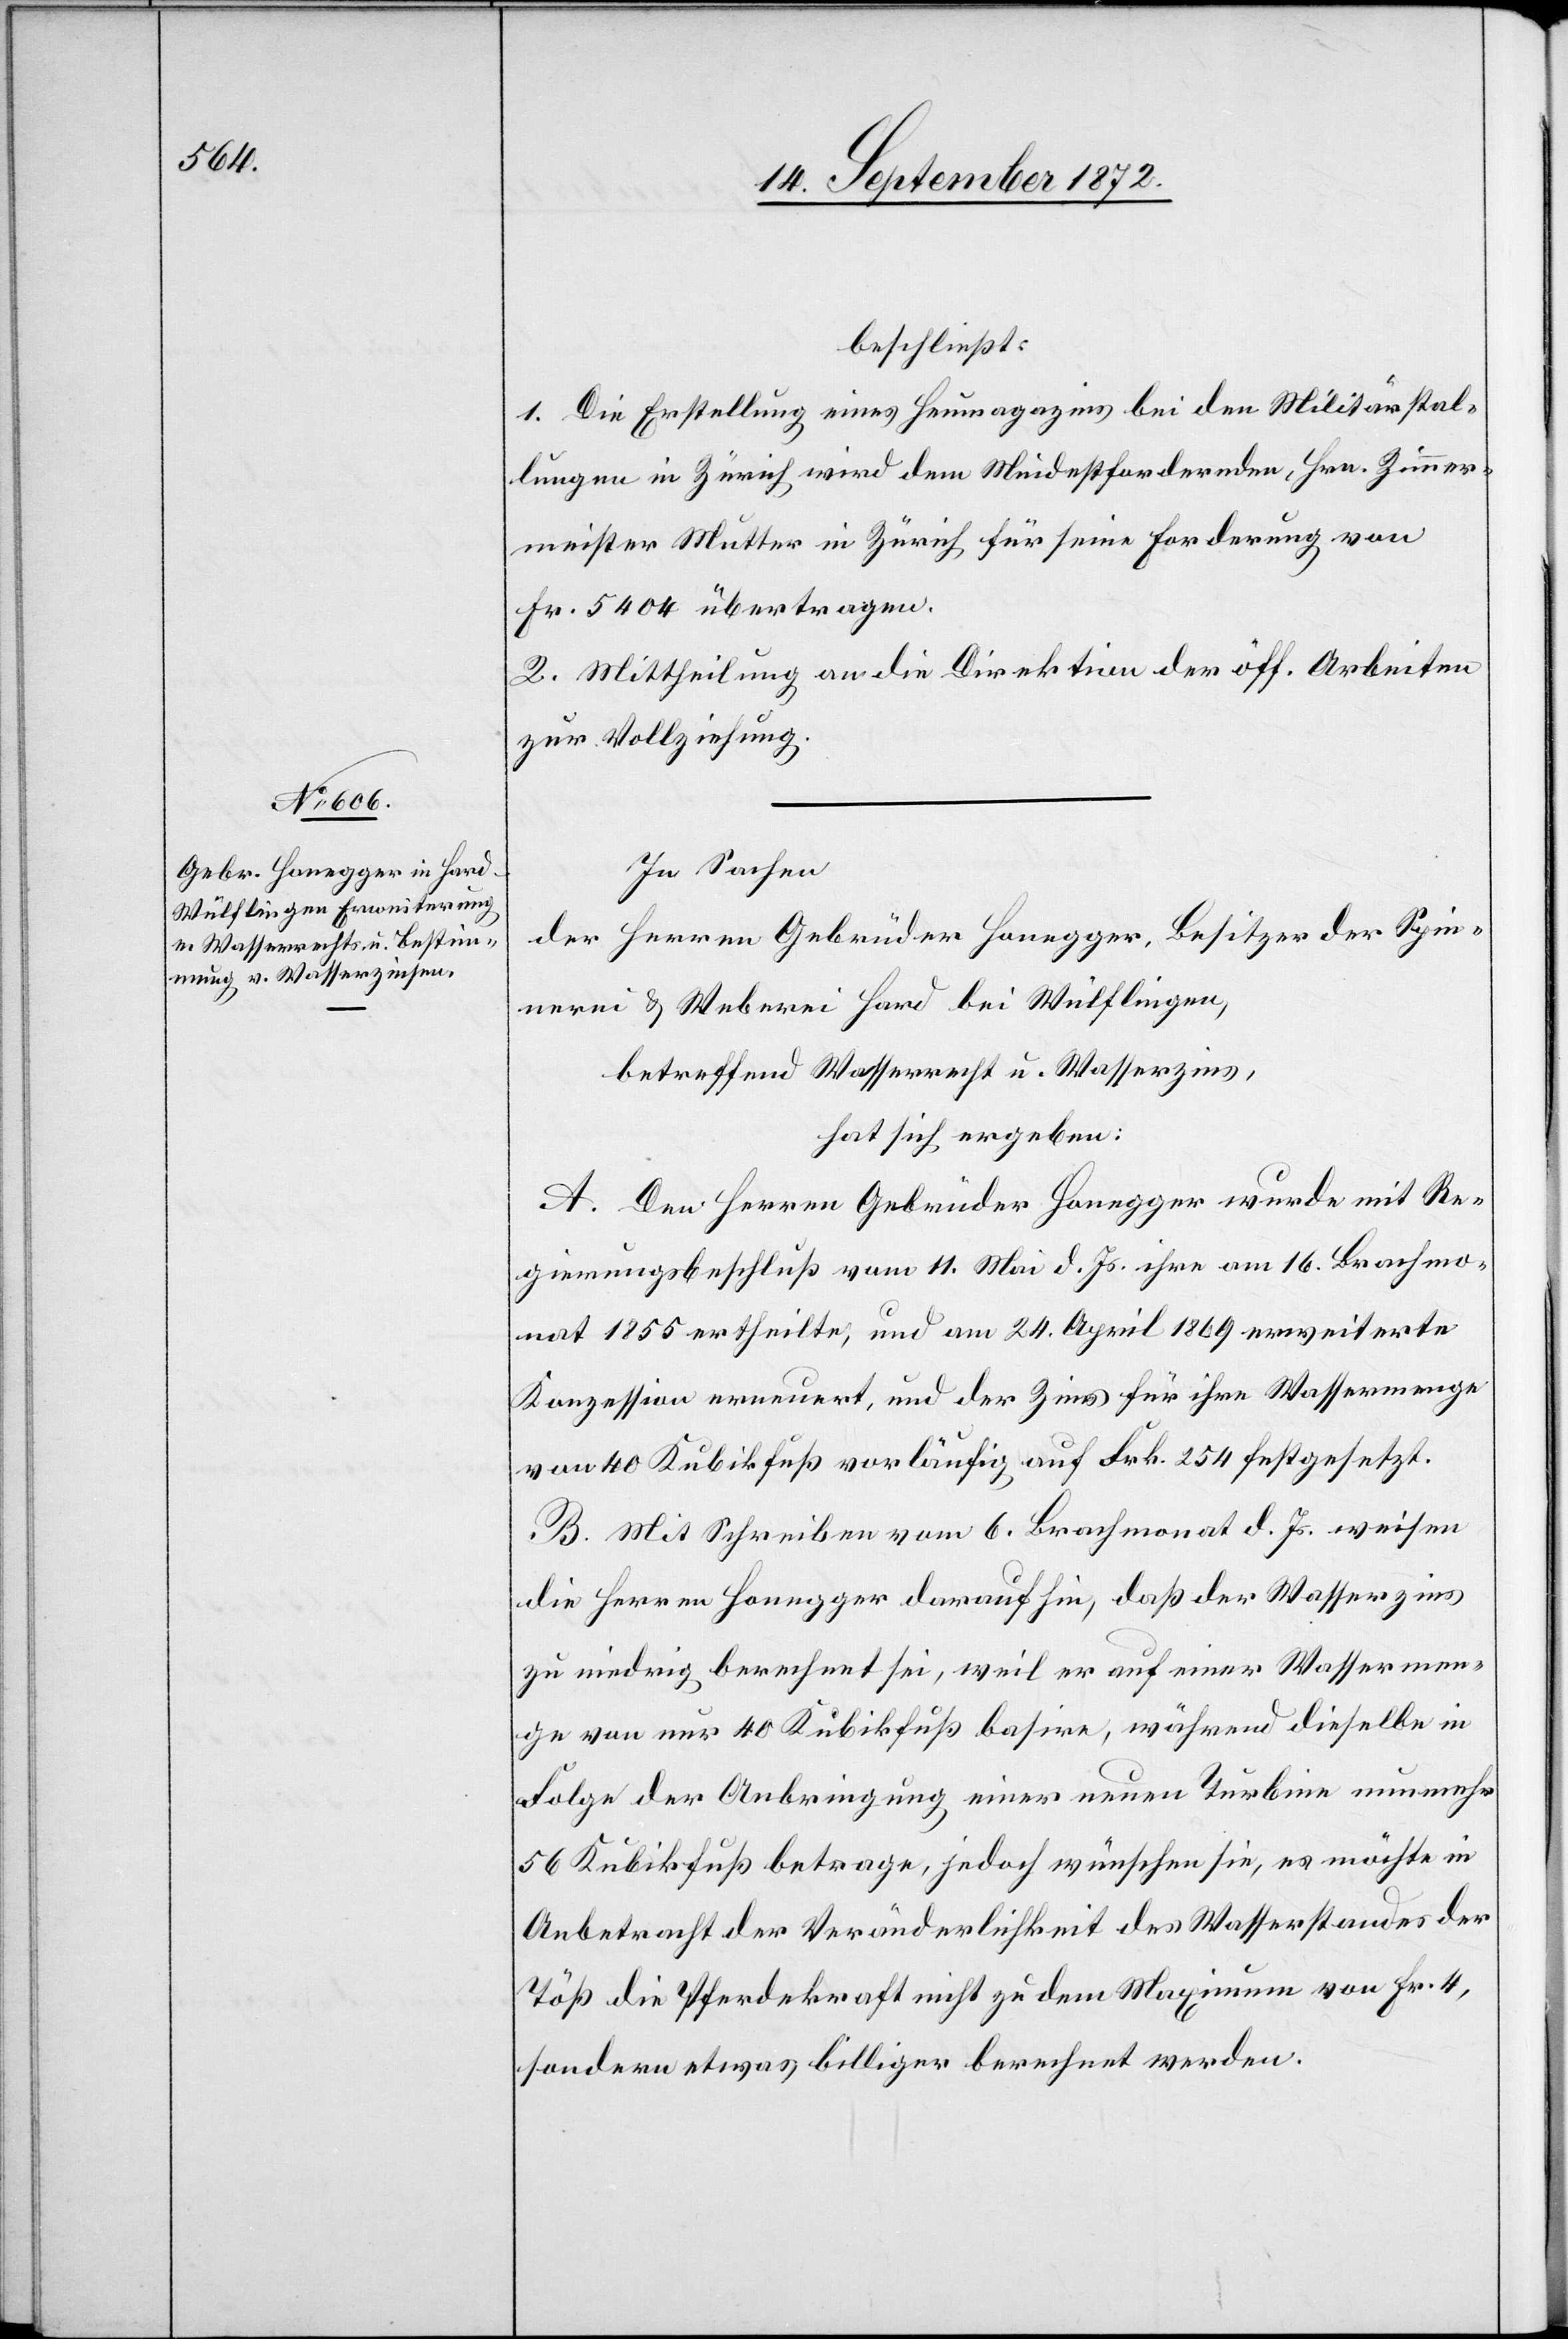
beschließt:
1. Die Erstellung eines Heumagazins bei den Militärstal¬
lungen in Zürich wird dem Mindestfordernden, Hrn. Zimmer¬
meister Mutter in Zürich für seine Forderung von
Fr. 5404 übertragen.
2. Mittheilung an die Direktion der öff. Arbeiten
zur Vollziehung.
In Sachen
der Herren Gebrüder Honegger, Besitzer der Spin¬
nerei u. Weberei Hard bei Wülflingen,
betreffend Wasserrecht u. Wasserzins,
hat sich ergeben:
A. Den Herren Gebrüder Honegger wurde mit Re¬
gierungsbeschluß vom 11. Mai d. Js. ihre am 16. Brachmo¬
nat 1855 ertheilte, und am 24. April 1869 erweiterte
Konzession erneuert, und der Zins für ihre Wassermenge
von 40 Kubikfuß vorläufig auf Frk. 254 festgesetzt.
B. Mit Schreiben vom 6. Brachmonat d. Js. weisen
die Herren Honegger darauf hin, daß der Wasserzins
zu niedrig berechnet sei, weil er auf einer Wassermen¬
ge von nur 40 Kubikfuß basire, während dieselbe in
Folge der Anbringung einer neuen Turbine nunmehr
56 Kubikfuß betrage, jedoch wünschen sie, es möchte in
Anbetracht der Veränderlichkeit des Wasserstandes der
Töß die Pferdekraft nicht zu dem Maximum von Fr. 4,
sondern etwas billiger berechnet werde.